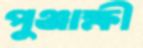
পুঞ্জাক্ষী